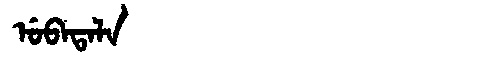
Manchu: ᡠᠪᠠᡨᠠᠯᠠ
Romanization: UBATALA